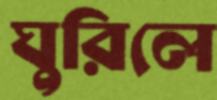
ঘুরিলে